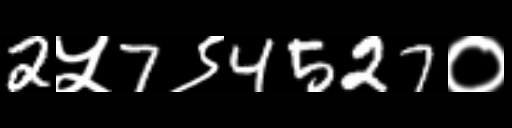
Text: 2५7९4527०